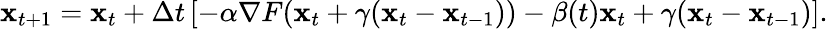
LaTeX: {\mathbf x}_{t+1}={\mathbf x}_{t}+\Delta t\left[-\alpha\nabla F({\mathbf x}_{t}+\gamma({\mathbf x}_{t}-{\mathbf x}_{t-1}))-\beta(t){\mathbf x}_{t}+\gamma({\mathbf x}_{t}-{\mathbf x}_{t-1})\right].